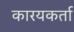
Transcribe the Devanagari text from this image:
कारयकर्ता